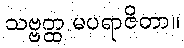
သဗ္ဗတ္ထ မပရာဇိတာ။